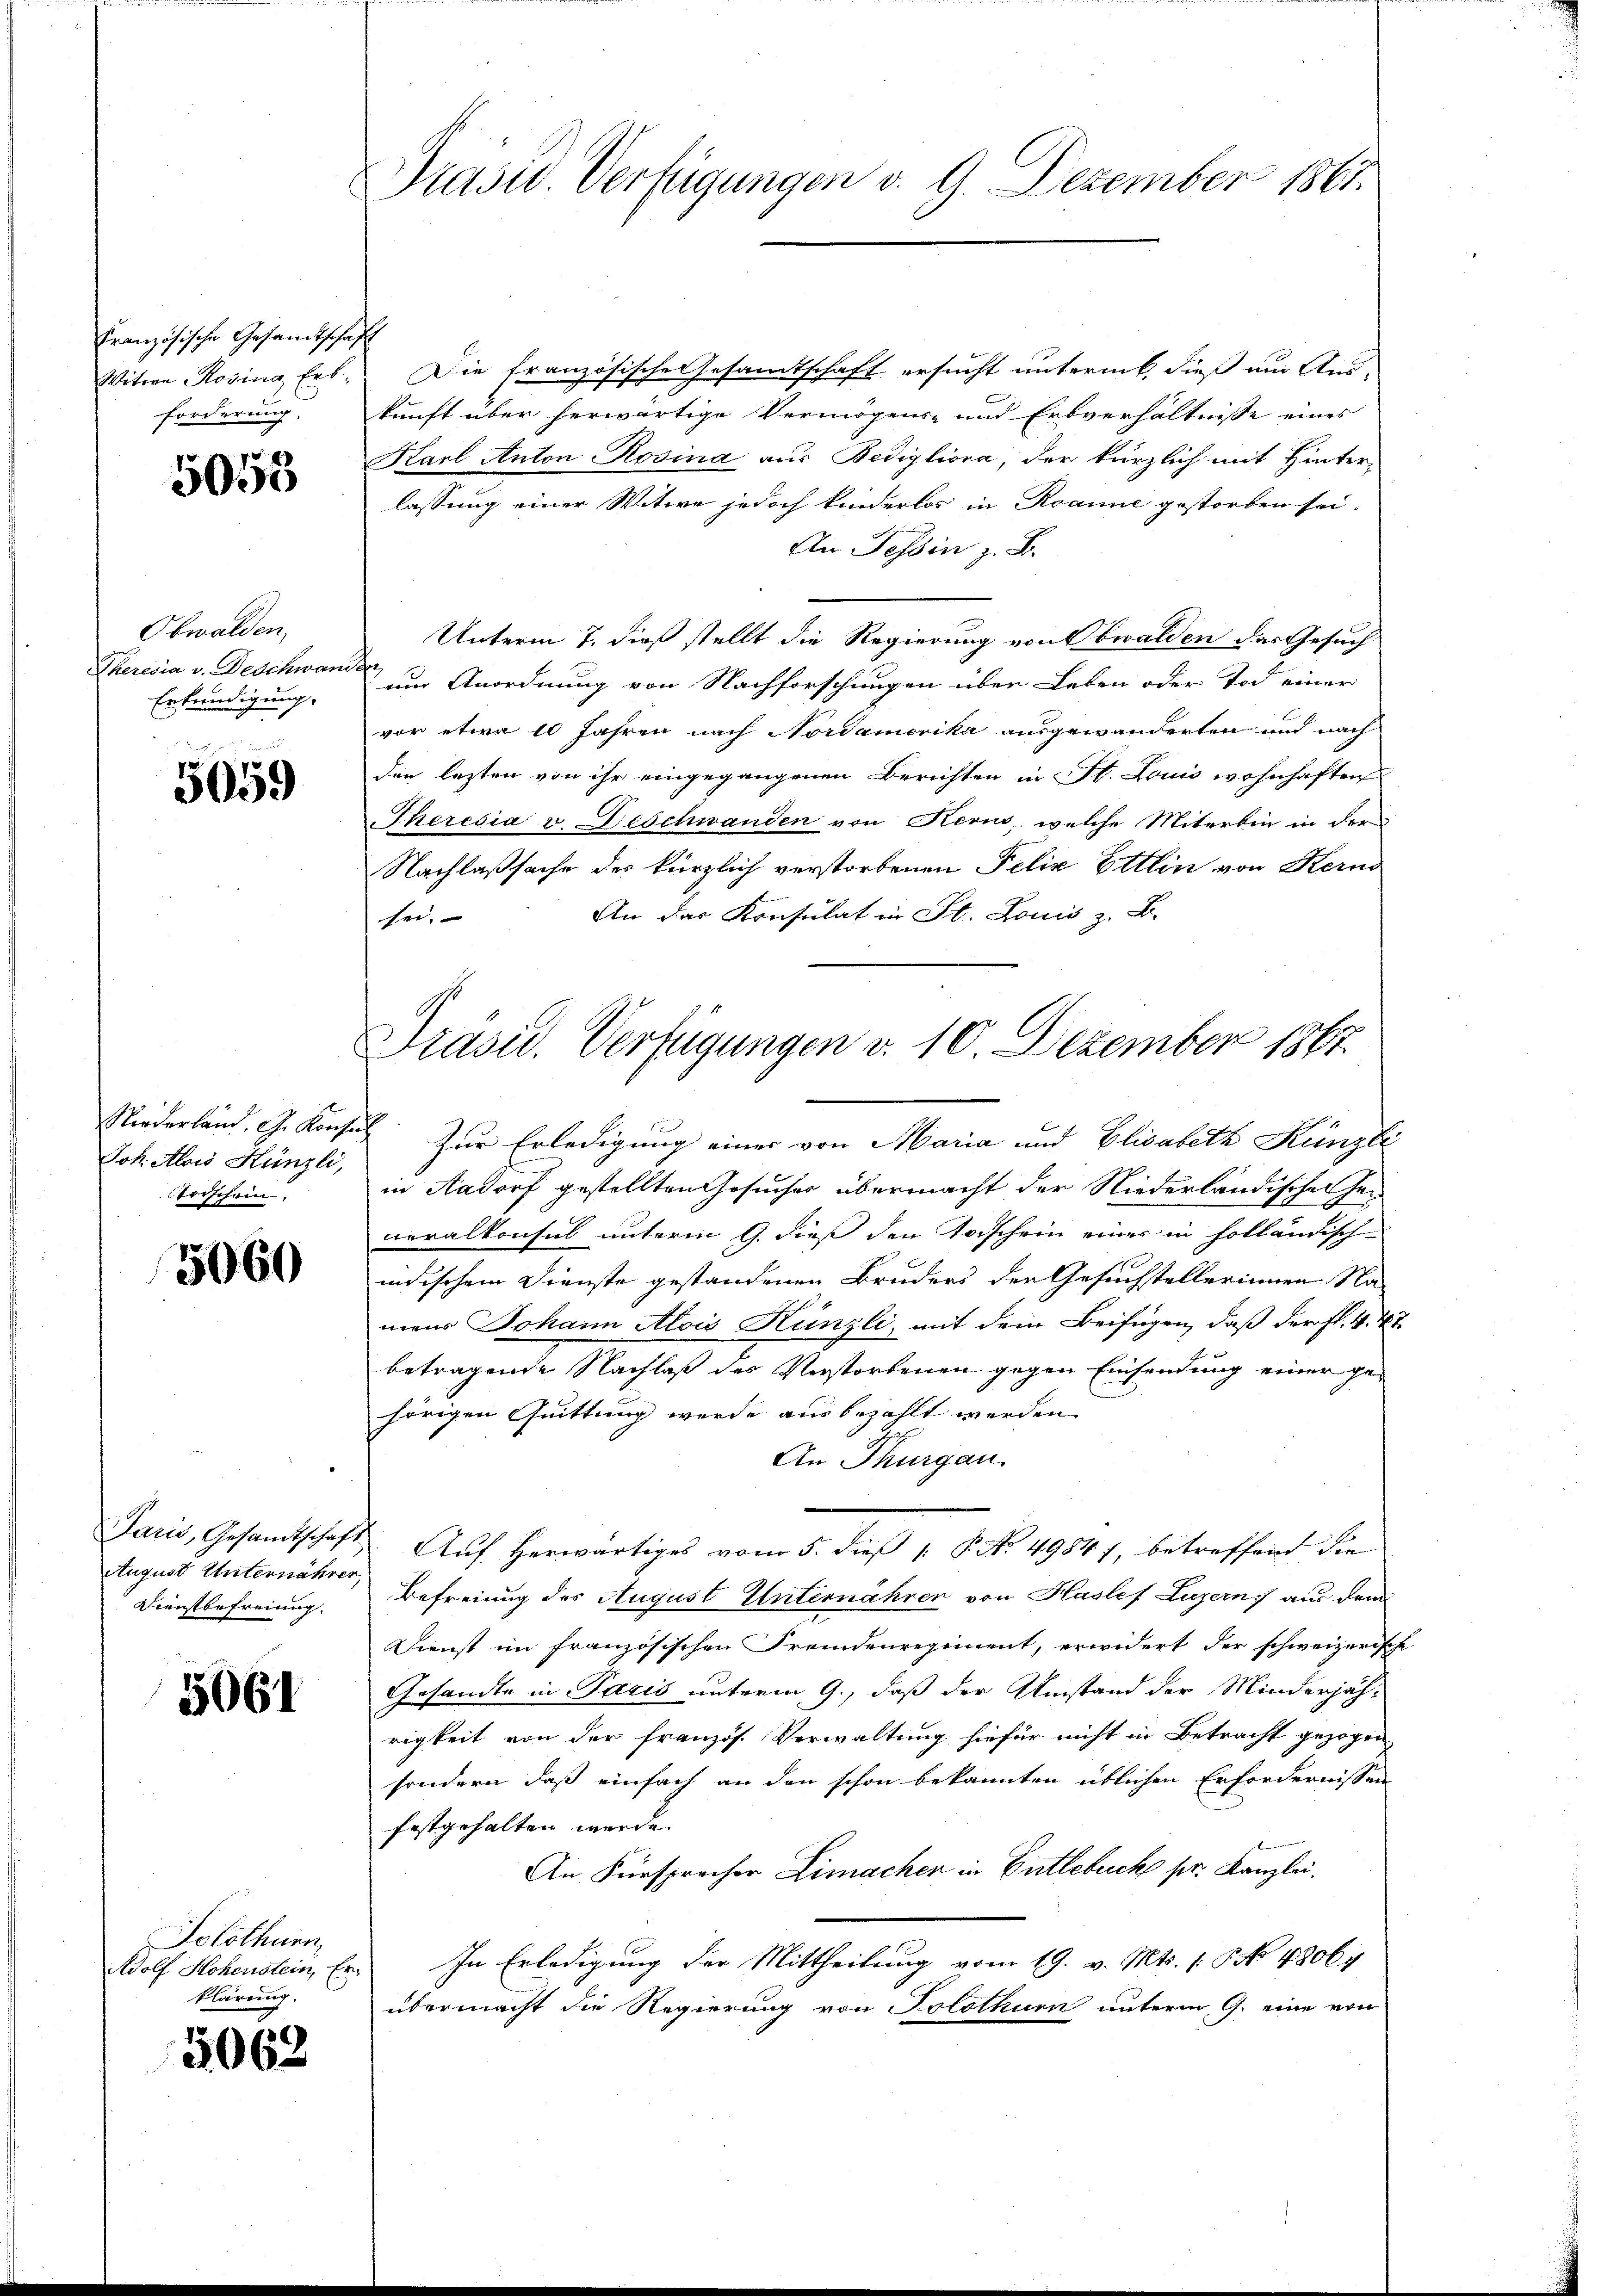
Französische Gesandtschaf
Witwe Rosina Erb
forderung.

5058

Obwalden,
Theresia v. Deschwand
Erkundigung.

5059

Niederland. G. Kons.
Joh. Alois Hünzli,
trischein.

5060

Paris, Gesandtschaft
August Unternährer,
Dienstbefreiung.

5061

Solothurn,
Adolf Hohenstein, Er
klärung.

5068

Präsid. Verfügungen v. 9. Dezember 1861.

Präsid. Verfügungen v. 10. Dezember 1867.

h
Die französische Gesandtschaft ersucht unternt, dieß um Aus-
kunft über herwärtige Vermögens- und Erbverhältnisse eines
Karl Anton Rosina aus Bedigliona, der kürzlich mit Hinter-
lassung einer Witwe jedoch kinderlos in Roanne gestorben sei.
An Tessin z. B.
Unterm 7. dieß stellt die Regierung von Obwalden das Gesuch
um Anordnung von Nachforschungen über Leben oder Tod einer
vor etwa 10 Jahren nach Nordamerika ausgewanderten und nach
den lezten von ihr eingegangenen Berichten in St. Louis wohnhaften
Theresia v. Beschwanden von Kerns, welche Miterbin in der
Nachlaßsache der kürzlich verstorbenen Felix Ettlin von Kerns
An das Konsulat in St. Louis z. B.
sei.
 Zur Erledigung einer von Maria und Elisabeth Künzli
in Aadorf gestellten Gesucher übermacht der Niederländischen Generalkonsul unterm 9. dieß der Taschein einer in holländische
indischem Dienste gestandenen Bruders der Gesuchstellerinnen Na-
mens Johann Alois Künzli, mit dem Beifügen, daß der fl. 4. 41
betragende Nachlaß des Verstorbenen gegen Einsendung einer ge-
hörigen Quittung werde ausbezahlt werden.
An Thurgau.
Auf herwärtiges vom 5. dieß P. No. 49841, betreffend die
Befreiung des August Unternähren von Haslef Luzern, aus dem
Dienst im französischen Fremdenregiment, erwidert der schweizerisch
Gesandte in Paris unterm 9., daß der Umstand der Minderjährigkeit von der französ. Verwaltung hiefür nicht in Betracht gezogen
sondern, daß einfach an den schon bekannten üblichen Erfordernissen
festgehalten werde.
An Fürspracher Limachen in Entlebuch pr. Kanzlei.
In Erledigung der Mittheilung vom 19. v. Mts. 1. No 4806)
übermacht die Regierung von Solothurn unterm 9. eine von